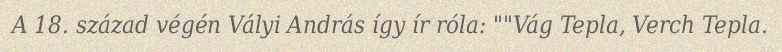
A 18. század végén Vályi András így ír róla: ""Vág Tepla, Verch Tepla.